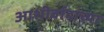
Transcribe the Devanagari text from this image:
आशीर्वादाच्या